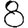
Digit: 8